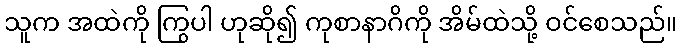
သူက အထဲကို ကြွပါ ဟုဆို၍ ကုစာနာဂိကို အိမ်ထဲသို့ ဝင်စေသည်။